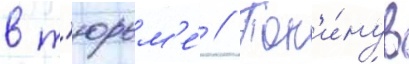
в т'юрьм'е́ // Пок'и́нув